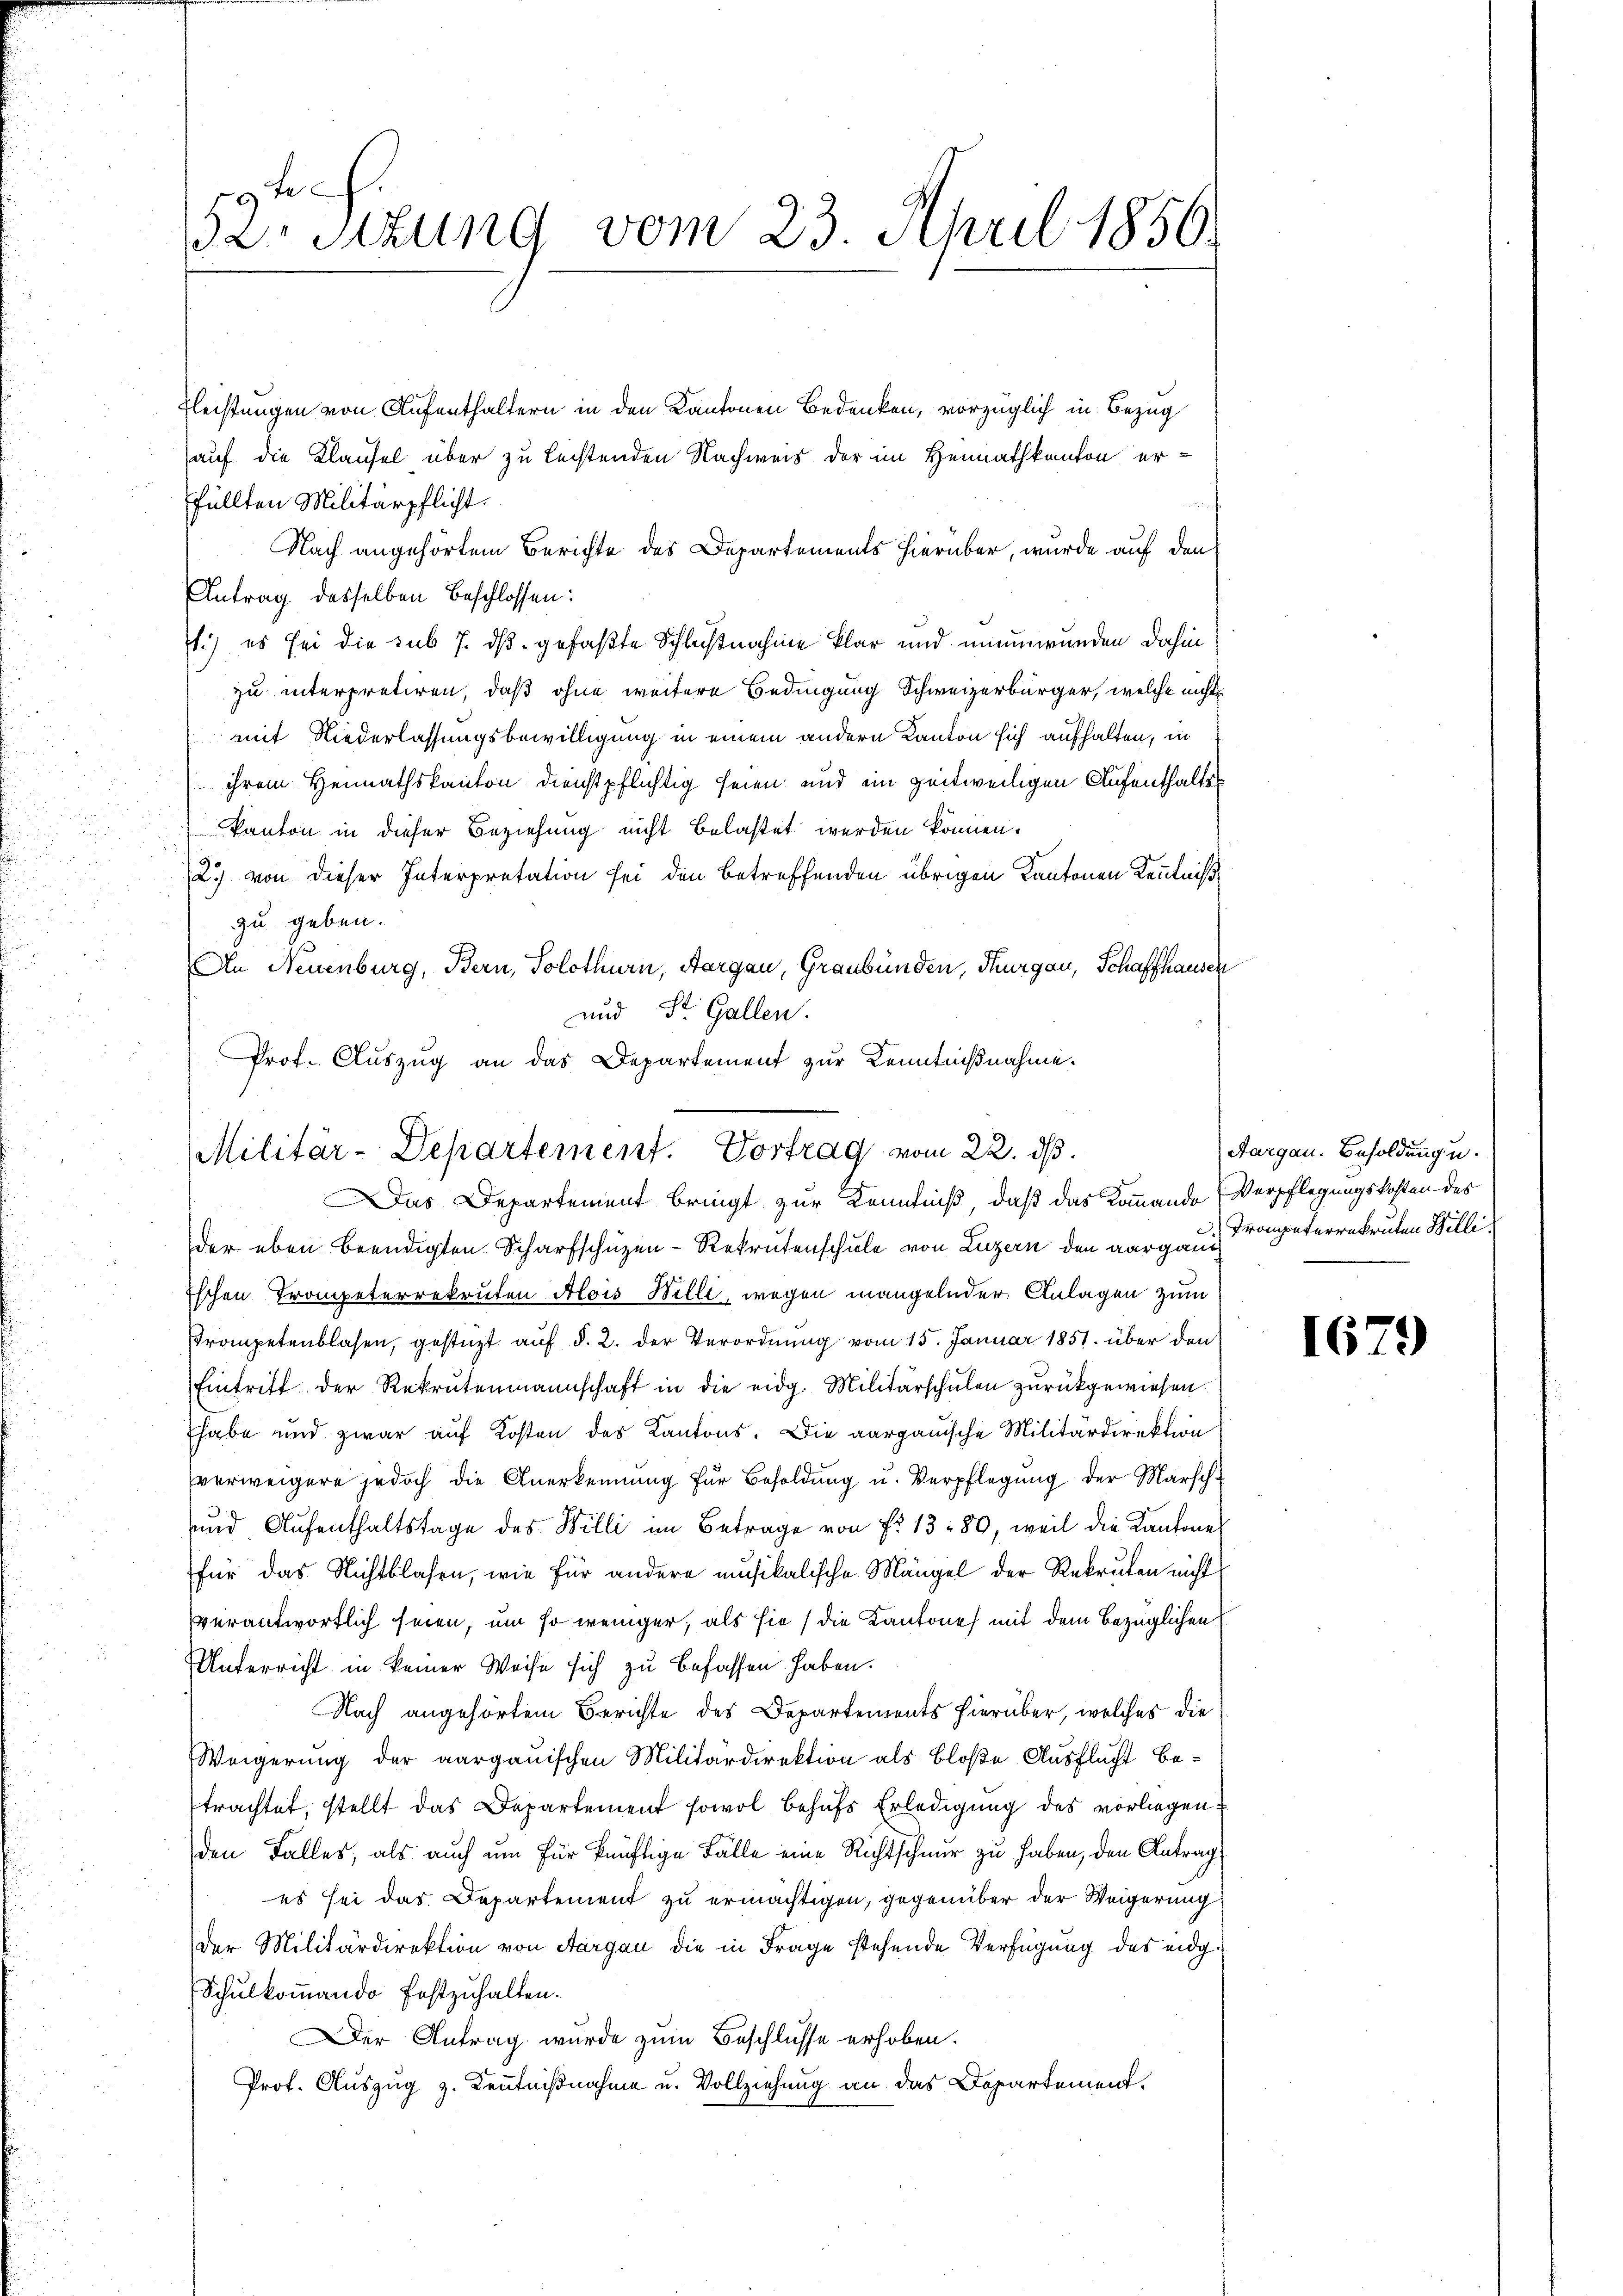
0
der Sitzung vom 23. April 1850.

Fleistungen von Aufenthaltern in den Kantonen Bedenken, vorzüglich in Bezug
auf die Klaufel über zu lechtenden Nachweis der im Heimathkanton er-
füllten Militärpflicht.
Nach angehörtem Berichte des Departements hierüber, wurde auf den
Antrag desselben beschlossen:
1.) es sei die sub 7. daß gefaßte Schlußnahme klar und unumwunden dahin
zu interpretiren, daß ohne weitere Bedingung Schweizerbürger, welche nicht
mit Niederlassungsbewilligung in einem andern Kanton sich aufhalten, in
ihrem Heimathskanton dienstpflichtig seien und ein zeitweiligen Aufenthalts
kanton in dieser Beziehung nicht belastet werden können.
2) von dieser Interpretation sei den betreffenden übrigen Kantonen Kenntniß
zu geben.
An Neuenburg, Bern, Solothurn, Aargau, Graubünden, Thurgau, Schaffhausen
und St. Gallen.
Prof. Auszug an das Departement zur Kenntnißnahme.

Militär-Departement. Vortrag vom 22. ds.
Das Departement bringt zur Kenntniß, daß das Kommando (Verpflegungskosten des

der eben beendigten Scharfschüzen-Rekrutenschule von Luzern den aarge unterrekruten Billi
Eschen Trompeterrekruten Alois Willi, wegen mangelnder Anlagen zum
Trompetenblasen, gestüzt auf §. 2. der Verordnung vom 15. Januar 1851. über den
Eintritt der Rekrutenmannschaft in die eidg. Militärschulen zurückgewiesen
habe und zwar auf Kosten des Kantons. Die aargauische Militärdirektion
verweigere jedoch die Anerkennung für Besoldŭng u. Verpflegŭng der Marsch-
und Aufenthaltstage des Willi im Betrage von Fr. 13. 80, weil die Kantone
für das Nichtblasen, wie für andere musikalische Mängel der Rekruten nicht
verantwortlich seien, um so weniger, als sie die Kantone mit dem bezüglichen
Unterricht in keiner Weise sich zu befassen haben.
Nach angehörtem Berichte des Departements hierüber, welches die
Weigerung der aargauischen Militärdirektion als bloße Ausflucht betrachtet, stellt das Departement sowol behufs Erledigung des vorliegen
den Falles, als auch um für künftige Fälle eine Richtschnur zu haben, den Antrag
es sei das Departement zu ermächtigen, gegenüber der Weigerung
der Militärdirektion von Aargau die in Frage stehende Verfügung des eidg.
Schulkommando festzuhalten.
Der Antrag wurde zum Beschlüsse erhoben.
Prof. Auszug z. Kenntnißnahme u. Vollziehung an das Departement.

Aargau. Besoldung u.

1679